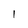
Character: 1